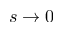
s \to 0